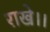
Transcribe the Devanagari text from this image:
राखे।।